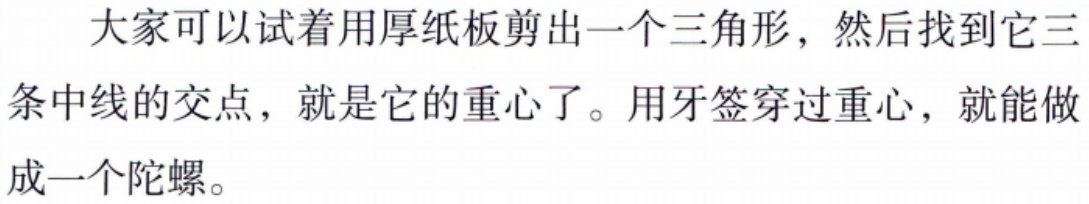
大家可以试着用厚纸板剪出一个三角形，然后找到它三条中线的交点，就是它的重心了。用牙签穿过重心，就能做成一个陀螺。